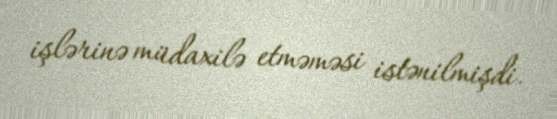
işlərinə müdaxilə etməməsi istənilmişdi.